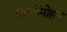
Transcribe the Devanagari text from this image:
मुरलीमोहन